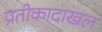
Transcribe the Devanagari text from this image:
प्रतीकादाखल